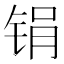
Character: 𫓶